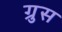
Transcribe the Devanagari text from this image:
ग्रुस